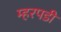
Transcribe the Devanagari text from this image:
म्हरपडी